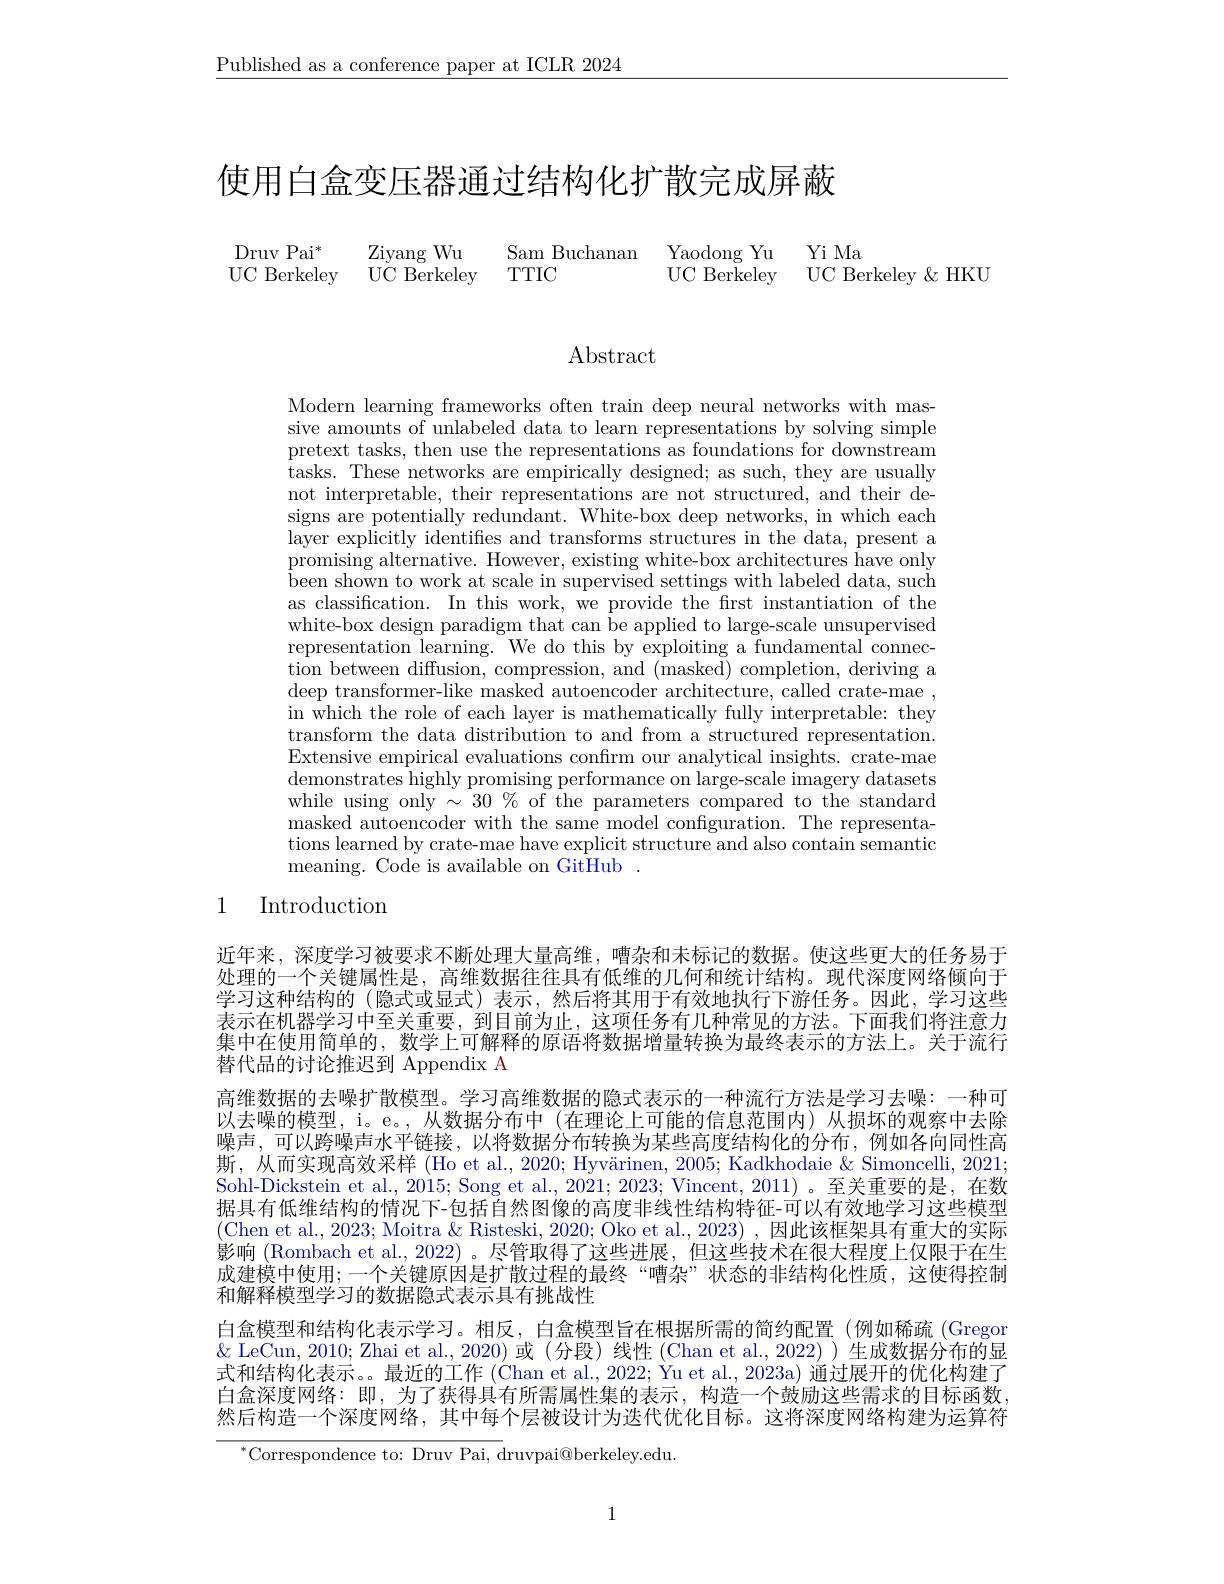
$\underline{\text{Published as a conference paper at ICLR 2024}}$

使用白盒变压器通过结构化扩散完成屏蔽

$\begin{array}{lllll}{\mathrm{Druv~Pai}^{*}}&{\mathrm{Ziyang~Wu}}&{\mathrm{Sam~Buchanan}}&{\mathrm{Yaodong~Yu}}&{\mathrm{Yi~Ma}}\\{\mathrm{UC~Berkeley}}&{\mathrm{UC~Berkeley}}&{\mathrm{TTIC}}&{\mathrm{UC~Berkeley}}&{\mathrm{UC~Berkeley~\&~HKU}}\end{array}$
UC Berkeley UC Berkeley TTIC

Abstract

Modern learning frameworks often train deep neural networks with massive amounts of unlabeled data to learn representations by solving simple pretext tasks, then use the representations as foundations for downstream tasks. These networks are empirically designed; as such, they are usually not interpretable, their representations are not structured, and their designs are potentially redundant. White-box deep networks, in which each layer explicitly identifies and transforms structures in the data, present a promising alternative. However, existing white-box architectures have only $\bar{\text{been shown to work at scale in supervised settings with labeled data, such}}$ as classification. In this work, we provide the first instantiation of the white-box design paradigm that can be applied to large-scale unsupervised representation learning. We do this by exploiting a fundamental connection between diffusion, compression, and ( masked) completion, deriving a deep transformer-like masked autoencoder architecture, called crate-mae , in which the role of each layer is mathematically fully interpretable: they transform the data distribution to and from a structured representation. Extensive empirical evaluations confirm our analytical insights. crate-mae demonstrates highly promising performance on large-scale imagery datasets while using only $\sim30\%$ of the parameters compared to the standard masked autoencoder with the same model confguration. The representations learned by crate-mae have explicit structure and also contain semantic meaning. Code is available on GitHub .

## 1 Introduction

近年来，深度学习被要求不断处理大量高维，嘈杂和未标记的数据。使这些更大的任务易于处理的一个关键属性是，高维数据往往具有低维的几何和统计结构。现代深度网络倾向于学习这种结构的 (隐式或显式)表示，然后将其用于有效地执行下游任务。因此，学习这些表示在机器学习中至关重要，到目前为止，这项任务有几种常见的方法。下面我们将注意力集中在使用简单的，数学上可解释的原语将数据增量转换为最终表示的方法上。关于流行替代品的讨论推迟到 Appendix A
高维数据的去噪扩散模型。学习高维数据的隐式表示的一种流行方法是学习去噪：一种可以去噪的模型，i。e。,从数据分布中(在理论上可能的信息范围内)从损坏的观察中去除噪声，可以跨噪声水平链接，以将数据分布转换为某些高度结构化的分布，例如各向同性高斯，从而实现高效采样 (Ho et al., 2020; Hyvärinen, 2005; Kadkhodaie & Simoncelli, 2021 Sohl-Dickstein et al., 2015; Song et al., 2021; 2023; Vincent, 2011) 。至关重要的是，在数据具有低维结构的情况下-包括自然图像的高度非线性结构特征-可以有效地学习这些模型(Chen et al., 2023; Moitra & Risteski, 2020; Oko et al., 2023) , 因此该框架具有重大的实际影响 (Rombach et al., 2022) 。尽管取得了这些进展，但这些技术在很大程度上仅限于在生成建模中使用；一个关键原因是扩散过程的最终“嘈杂”状态的非结构化性质，这使得控制和解释模型学习的数据隐式表示具有挑战性
白盒模型和结构化表示学习。相反，白盒模型旨在根据所需的简约配置(例如稀疏(Gregor $\&$ LeCun, 2010; Zhai et al., 2020)或 (分段) 线性 (Chan et al., 2022))生成数据分布的显式和结构化表示。。最近的工作 (Chan et al., 2022; Yu et al., 2023a) 通过展开的优化构建了白盒深度网络：即，为了获得具有所需属性集的表示，构造一个鼓励这些需求的目标函数， 然后构造一个深度网络，其中每个层被设计为迭代优化目标。这将深度网络构建为运算符
$^{*}$Correspondence to: Druv Pai, druvpai@berkeley.edu.

1